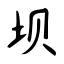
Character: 坝